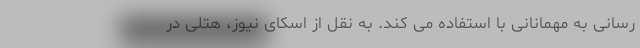
رسانی به مهمانانی با استفاده می کند. به نقل از اسکای نیوز، هتلی در